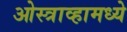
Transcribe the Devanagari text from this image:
ओस्त्राव्हामध्ये